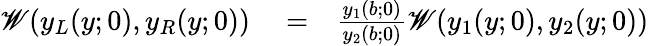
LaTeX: \begin{array}{rlr}{\mathscr{W}(y_{L}(y;0),y_{R}(y;0))}&{{}=}&{\frac{y_{1}(b;0)}{y_{2}(b;0)}\mathscr{W}(y_{1}(y;0),y_{2}(y;0))}\end{array}